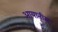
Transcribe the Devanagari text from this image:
आयातीस